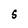
Character: 5